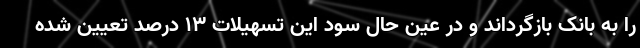
را به بانک بازگرداند و در عین حال سود این تسهیلات ۱۳ درصد تعیین شده